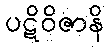
ပဋိဝိဇာနိ